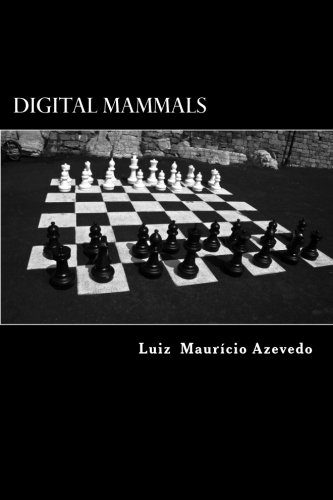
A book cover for Digital Mammals; Luiz Mauricio Azevedo; Literature & Fiction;